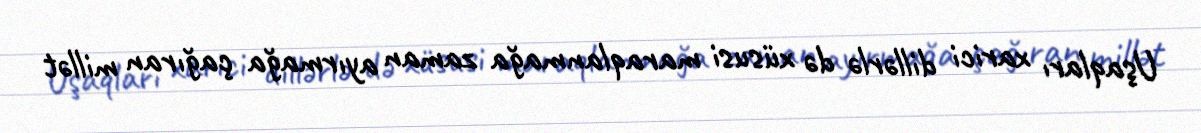
Uşaqları xarici dillərlə də xüsusi maraqlanmağa zaman ayırmağa çağıran millət